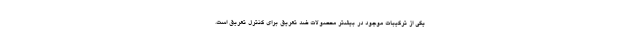
یکی از ترکیبات موجود در بیشتر محصولات ضد تعریق برای کنترل تعریق است.